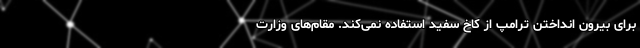
برای بیرون انداختن ترامپ از کاخ سفید استفاده نمی‌کند. مقام‌های وزارت